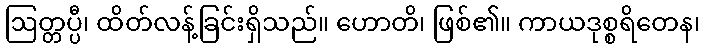
ဩတ္တပ္ပီ၊ ထိတ်လန့်ခြင်းရှိသည်။ ဟောတိ၊ ဖြစ်၏။ ကာယဒုစ္စရိတေန၊